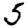
Digit: 5